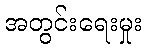
အတွင်းရေးမှုး